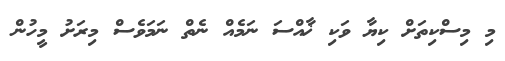
މި މިސްކިތަށް ކިޔާ ވަކި ޚާއްސަ ނަމެއް ނެތް ނަމަވެސް މިރަށު މީހުން